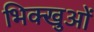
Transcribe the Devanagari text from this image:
भिक्खुओं